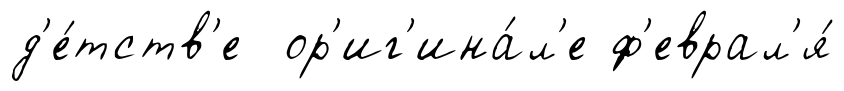
д'е́тств'е ор'иг'ина́л'е ф'еврал'я́